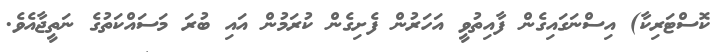
ކޮސްޓަރިކާ) އިސްނަގައިގެން ފާއިތުވީ އަހަރުން ފެށިގެން ކުރަމުން އައި ބުރަ މަސައްކަތުގެ ނަތީޖާއެވެ.